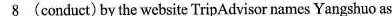
\underline{8} (conduct) by the website TripAdvisor names Yangshuo as